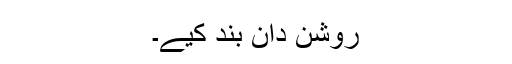
روشن دان بند کیے۔